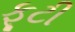
ફૂટી